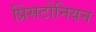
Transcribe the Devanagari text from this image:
प्रिंसटोनियन